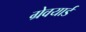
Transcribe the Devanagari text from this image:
ग्रेवयार्ड